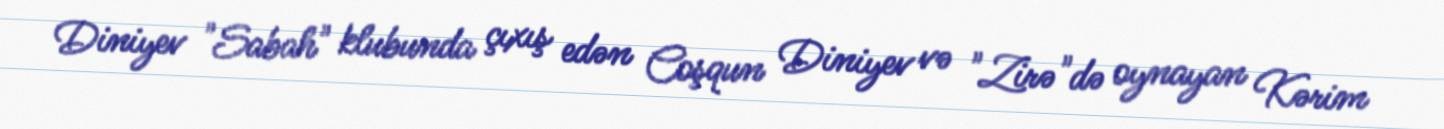
Diniyev "Sabah" klubunda çıxış edən Coşqun Diniyev və "Zirə"də oynayan Kərim